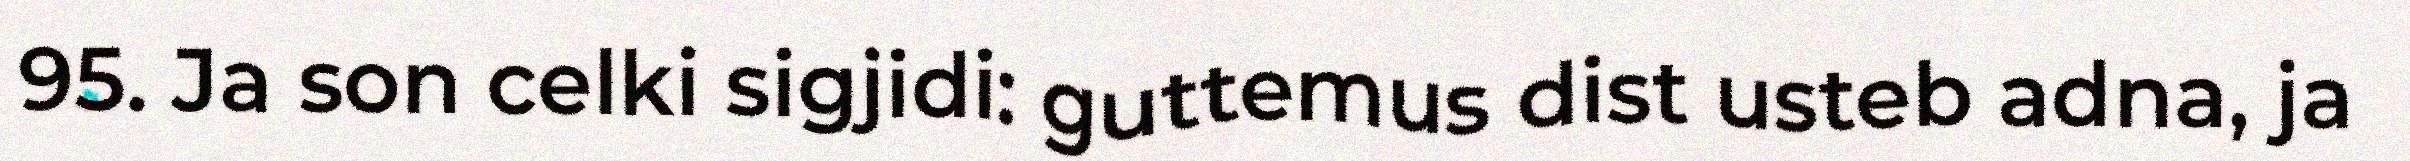
95. Ja son celki sigjidi: guttemus dist usteb adna, ja